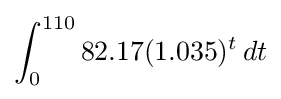
\int _{0}^{110}82.17(1.035)^{t}\,dt